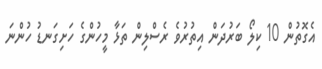
އެގޮތުން 10 ކިލޯ ބަރުދަން އިތުރުވެ ރެސްލިން ތަޅާ މީހުންގެ ހަށިގަނޑު ހުންނަ